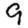
Digit: 9